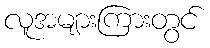
လူအများကြားတွင်